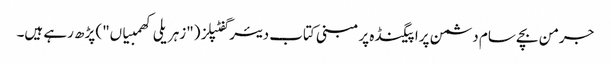
جرمن بچے سام دشمن پراپیگنڈہ پر مبنی کتاب دیئر گفٹپلز ("زہریلی کھمبیاں") پڑھ رہے ہیں۔